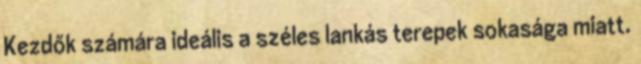
Kezdők számára ideális a széles lankás terepek sokasága miatt.